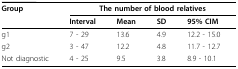
<table><thead><tr><td><b>Group</b></td><td colspan="4"><b>The number of blood relatives</b></td></tr><tr><td></td><td><b>Interval</b></td><td><b>Mean</b></td><td><b>SD</b></td><td><b>95% CIM</b></td></tr></thead><tbody><tr><td>g1</td><td>7 - 29</td><td>13.6</td><td>4.9</td><td>12.2 - 15.0</td></tr><tr><td>g2</td><td>3 - 47</td><td>12.2</td><td>4.8</td><td>11.7 - 12.7</td></tr><tr><td>Not diagnostic</td><td>4 - 25</td><td>9.5</td><td>3.8</td><td>8.9 - 10.1</td></tr></tbody></table>